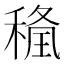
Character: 𥠢